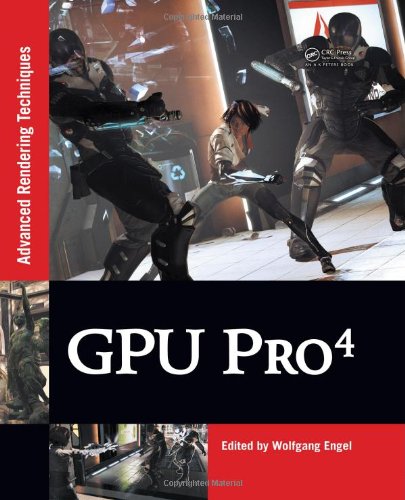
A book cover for GPU Pro 4: Advanced Rendering Techniques; Computers & Technology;